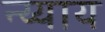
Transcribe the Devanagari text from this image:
न्य्याय